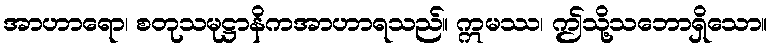
အာဟာရော၊ စတုသမုဋ္ဌာနိကအာဟာရသည်။ ဣမဿ၊ ဤသို့သဘောရှိသော။